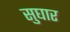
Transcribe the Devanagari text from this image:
सुघार